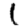
Digit: 1